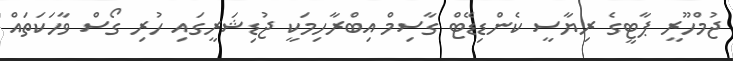
ޖުމްހޫރީ ޕާޓީގެ ރިޔާސީ ކެންޑިޑޭޓް ގާސިމް އިބްރާހިމަކީ ޖުޑިޝަރީގައި ހުރި ގޯސް ވާހަކަތައް